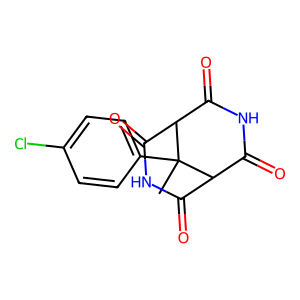
SMILES: CC1(c2ccc(Cl)cc2)C2C(=O)NC(=O)C1C(=O)NC2=O
Inhibits HIV replication: No